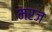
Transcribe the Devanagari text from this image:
मरज